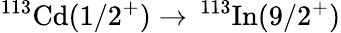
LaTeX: ^{113}\textrm{Cd}(1/2^{+})\to\, ^{113}\textrm{In}(9/2^{+})